King Institute of Preventive Medicine Micro-Biological Section reports 1909-11
Year: 1909
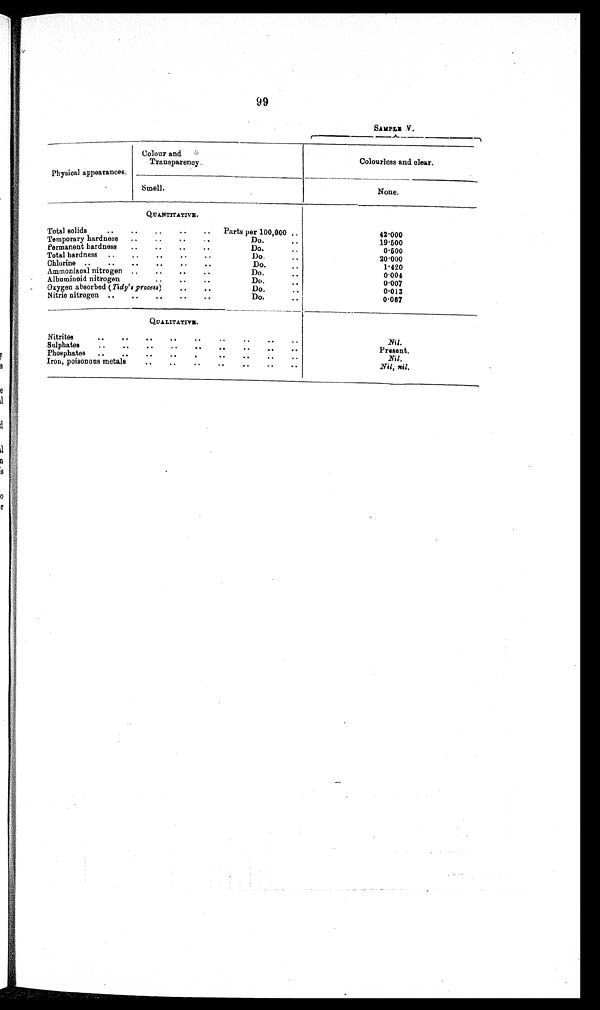
99
SAMPLE V
Physical appearances.
Colour and
Transparency.
Colourless and clear.
Smell.
None.
QUANTITATIVE.
Total solids Parts per 100,000
42·000
Temporary hardness Do.
19·500
Permanent hardness Do.
0·500
Total hardness Do.
20·000
Chlorine Do.
1·420
Ammoniacal nitrogen Do.
0·004
Albuminoid nitrogen Do.
0·007
Oxygen absorbed (Tidy's Process) Do.
0·013
Nitric nitrogen Do. 0 · 0 8 7
Q U A N T I T A T I V E .
Nitrities
Nil.
Sulphates
Present.
Phosphates
Nil .
I r o n , p o i s o n o u s m e t a l s
Nil, nil.